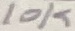
Text: 10K